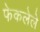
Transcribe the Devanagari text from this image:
फेकलेले